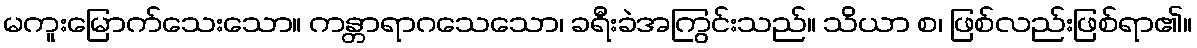
မကူးမြောက်သေးသော။ ကန္တာရာဂသေသော၊ ခရီးခဲအကြွင်းသည်။ သိယာ စ၊ ဖြစ်လည်းဖြစ်ရာ၏။